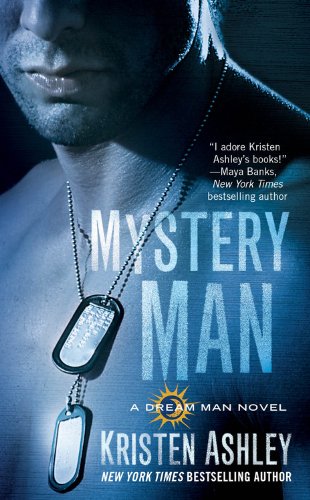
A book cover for Mystery Man (Dream Man); Kristen Ashley; Romance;